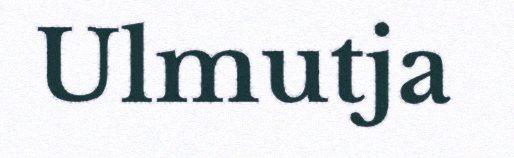
Ulmutja